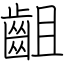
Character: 齟